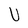
Character: U